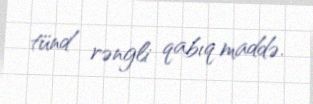
tünd rəngli qabıq maddə.